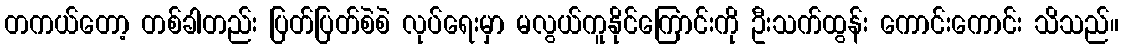
တကယ်တော့ တစ်ခါတည်း ပြတ်ပြတ်စဲစဲ လုပ်ရေးမှာ မလွယ်ကူနိုင်ကြောင်းကို ဦးသက်ထွန်း ကောင်းကောင်း သိသည်။